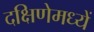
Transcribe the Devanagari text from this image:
दक्षिणेमध्यें